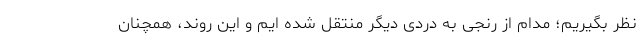
نظر بگیریم؛ مدام از رنجی به دردی دیگر منتقل شده ایم و این روند، همچنان